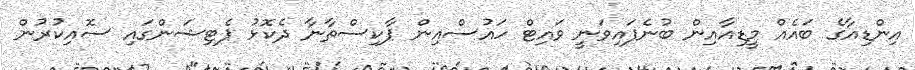
އިންޑިއާގެ ބައެއް މީޑިއާއިން ބުނެފައިވަނީ ވައިޓް ހައުސްއިން ޕާކިސްތާނާ ދެކޮޅު ޕެޓިޝަންގައި ސޮއިކުރުން